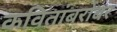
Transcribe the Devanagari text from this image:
कवितांबरोबर